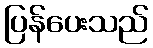
ပြန်ပေးသည်